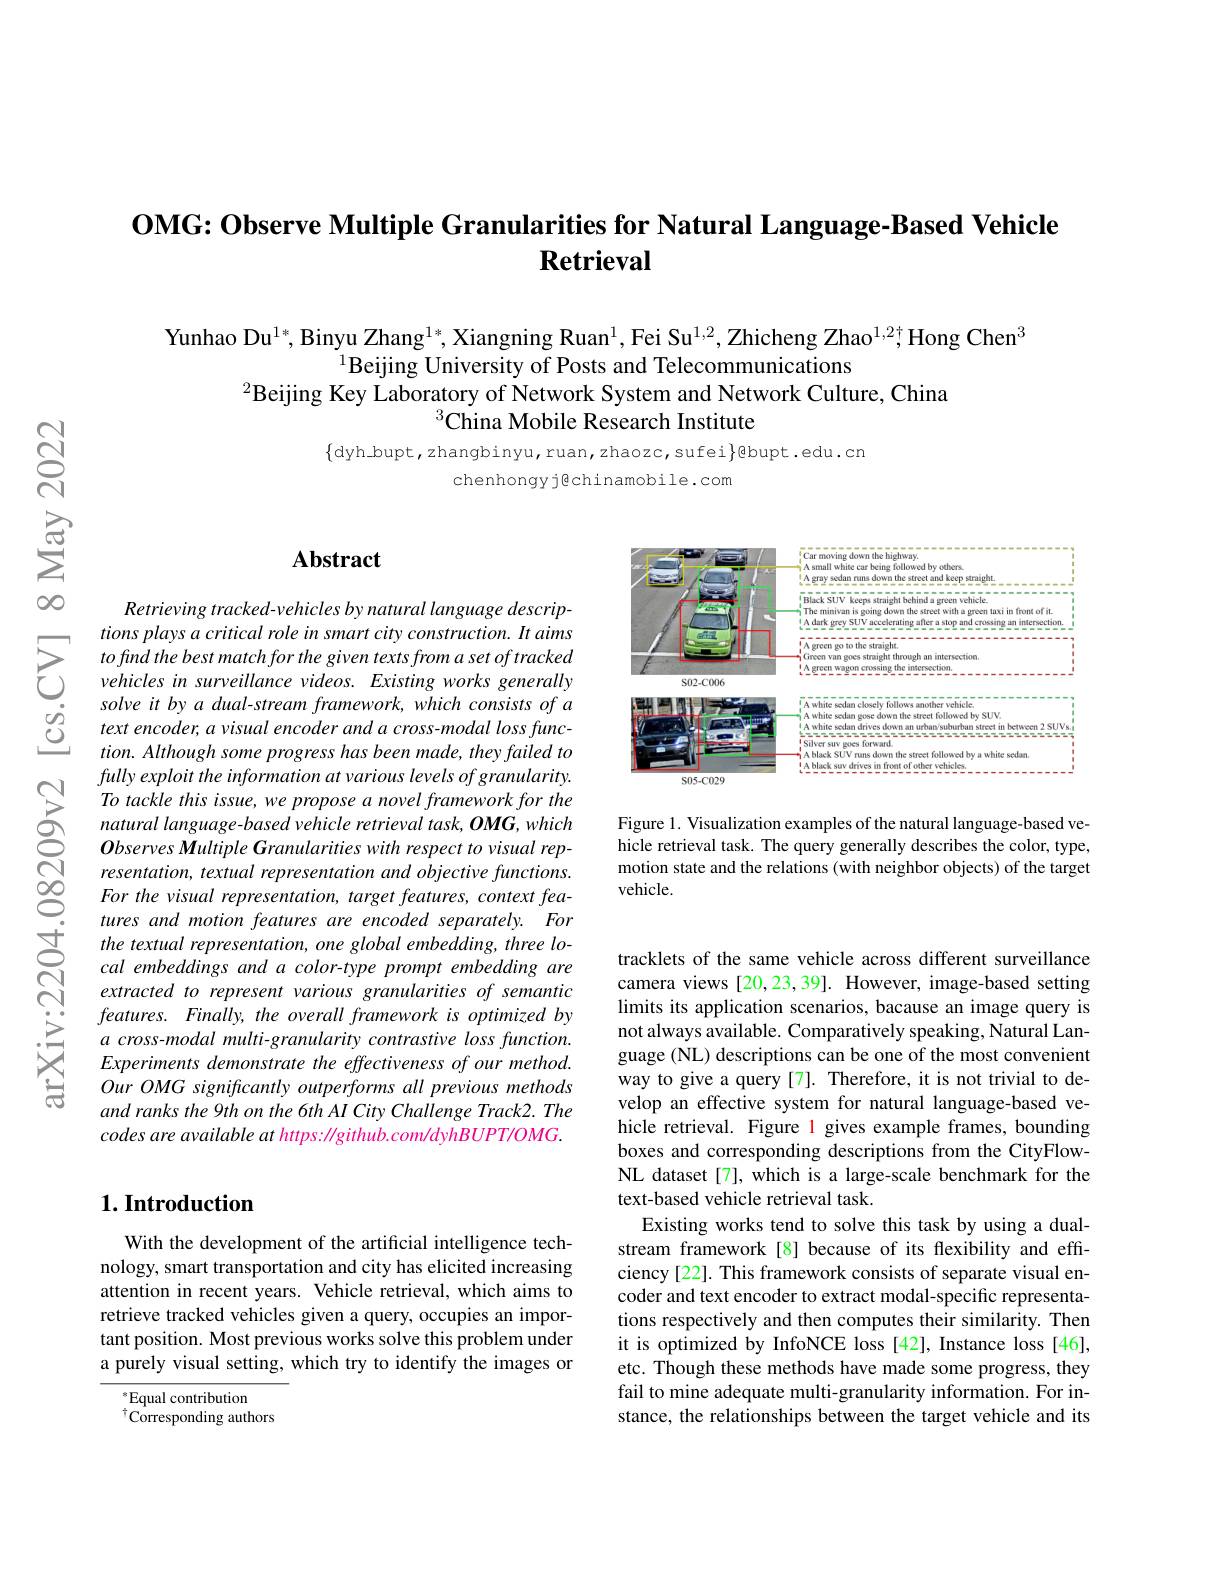
# $\textbf{OMG: Observe Multiple Granularities for Natural Language- Based Vehicle}$ Retrieval

Yunhao Du$^1*$,Binyu Zhang$^1*,\text{Xiangning Ruan}^1$,Fei Su$^1,2$,Zhicheng Zhao$^1,2\dagger;$Hong Chen$^3$
$^{1}$Beijing University of Posts and Telecommunications
$^{2}$Beijing Key Laboratory of Network System and Network Culture, China
$^3$China Mobile Research Institute

$\{$dyh\_bupt,zhangbinyu,ruan,zhaozc,sufei$\}$@bupt.edu.cn
chenhongy jêchinamobile.com

## $\mathbf{Abstract}$

<FigureHere>

Figure 1. Visualization examples of the natural language-based vehicle retrieval task. The query generally describes the color, type, motion state and the relations (with neighbor objects) of the target vehicle.

Retrieving tracked-vehicles by natural language descrip-
$\sum_{\begin{array}{cc}&tions\:plays\:a\:critical\:role\:in\:smart\:city\:construction.\:It\:aims\\&to\:find\:the\:best\:match\:for\:the\:given\:texts\:from\:a\:set\:of\:tracked\\&vehicle\:in\:surveillance\:videos.\:Existing\:works\:generally\end{array}}$ $\begin{array}{lll}&solve\:it\:by\:a\:dual-stream\:framework,\:which\:consists\:of\:a\\\dot{\varrho}&text\:encoder,\:a\:visual\:encoder\:and\:a\:cross-modal\:loss\:func-\\&tion.\:Althoush\:some\:progress\:has\:been\:made\:thev\:failed\:to\end{array}$
tion. Although some progress has been made, they failed to fully exploit the information at various levels of granularity. To tackle this issue, we propose a novel framework for the natural language- based vehicle retrieval task, OMG, which Observes Multiple Granularities with respect to visual representation, textual representation and objective functions. For the visual representation, target features, context features and motion features are encoded separately. For the textual representation, one global embedding, three local embeddings and a color-type prompt embedding are extracted to represent various granularities of semantic features. Finally, the overall framework is optimized by $a$ cross-modal multi-granularity contrastive loss function. Experiments demonstrate the effectiveness of our method. Our OMG significantly outperforms all previous methods and ranks the 9th on the 6th AI City Challenge Track2. The codes are available at https: / github. com/ dyhBUPT/OMG.

tracklets of the same vehicle across different surveillance camera views [20,23,39]. However, image-based setting limits its application scenarios, bacause an image query is not always available. Comparatively speaking, Natural Language (NL) descriptions can be one of the most convenient way to give a query[7]. Therefore, it is not trivial to develop an effective system for natural language-based vehicle retrieval. Figure l gives example frames, bounding boxes and corresponding descriptions from the CityFlowNL dataset [7], which is a large-scale benchmark for the text-based vehicle retrieval task.
Existing works tend to solve this task by using a dualstream framework [8] because of its flexibility and effciency [22]. This framework consists of separate visual encoder and text encoder to extract modal-specific representations respectively and then computes their similarity. Then it is optimized by InfoNCE loss [42], Instance loss [46], etc. Though these methods have made some progress, they fail to mine adequate multi-granularity information. For instance, the relationships between the target vehicle and its

## $1. \textbf{Introduction}$

With the development of the artificial intelligence technology, smart transportation and city has elicited increasing attention in recent years. Vehicle retrieval, which aims to retrieve tracked vehicles given a query, occupies an important position. Most previous works solve this problem under a purely visual setting, which try to identify the images or

$^*$Equal contribution
$^{\dagger}\tilde{\mathrm{Corresponding~authors}}$